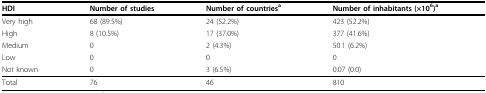
<table><thead><tr><td><b>HDI</b></td><td><b>Number of studies</b></td><td><b>Number of countries<sup>a</sup></b></td><td><b>Number of inhabitants (×10<sup>6</sup>)<sup>a</sup></b></td></tr></thead><tbody><tr><td>Very high</td><td>68 (89.5%)</td><td>24 (52.2%)</td><td>423 (52.2%)</td></tr><tr><td>High</td><td>8 (10.5%)</td><td>17 (37.0%)</td><td>377 (41.6%)</td></tr><tr><td>Medium</td><td>0</td><td>2 (4.3%)</td><td>50.1 (6.2%)</td></tr><tr><td>Low</td><td>0</td><td>0</td><td>0</td></tr><tr><td>Not known</td><td>0</td><td>3 (6.5%)</td><td>0.07 (0.0)</td></tr><tr><td>Total</td><td>76</td><td>46</td><td>810</td></tr></tbody></table>